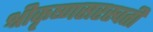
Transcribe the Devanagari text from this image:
श्रीकृष्णसरस्वती